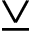
\veebar